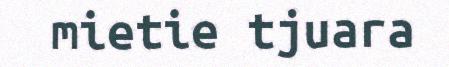
mietie tjuara